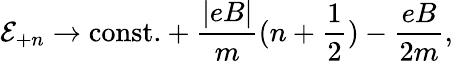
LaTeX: \mathcal{E}_{+n}\rightarrow\mathrm{{const.}}+\frac{{|eB|}}{{m}}(n+{\frac{{1}}{{2}}})-\frac{{eB}}{{2m}},